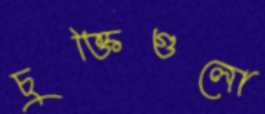
চুক্তিগুলো